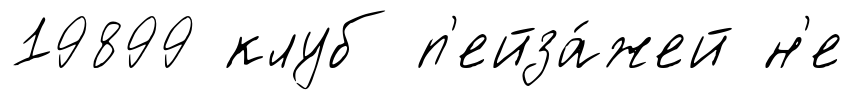
19899 клуб п'ейза́жей н'е